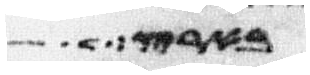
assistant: בארץ